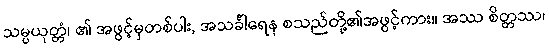
သမ္ပယုတ္တံ၊ ၏ အဖွင့်မှတစ်ပါး, အသင်္ခါရေန စသည်တို့၏အဖွင့်ကား။ အဿ စိတ္တဿ၊